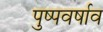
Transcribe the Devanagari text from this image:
पुष्पवर्षाव